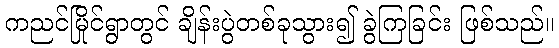
ကညင်မြိုင်ရွာတွင် ချိန်းပွဲတစ်ခုသွား၍ ခွဲကြခြင်း ဖြစ်သည်။